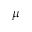
\mu